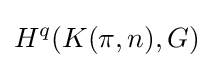
H^{q}(K(\pi ,n),G)